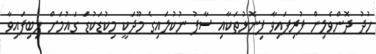
ހުދު ދޮންވެލިން ފުރިފައިވާ ފިނޮޅުތަކާއި ސާފު ނުކުލައިގެ މޫދަކީ މިކުޑަކުޑަ ގައުމަށް ލިބިފައިވާ